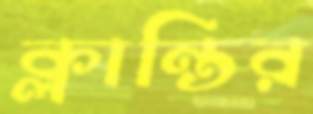
ক্লান্তির